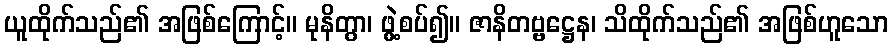
ယူထိုက်သည်၏ အဖြစ်ကြောင့်။ မုနိတွာ၊ ဖွဲ့စပ်၍။ ဇာနိတဗ္ဗဋ္ဌေန၊ သိထိုက်သည်၏ အဖြစ်ဟူသော